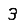
Digit: 3